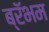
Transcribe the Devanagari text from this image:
ब्रॅभम